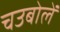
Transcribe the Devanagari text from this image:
चउबोलें